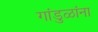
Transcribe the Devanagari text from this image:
गांडुळांना